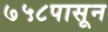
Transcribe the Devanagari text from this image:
७५८पासून